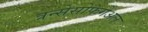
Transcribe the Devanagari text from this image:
त्रन्सेसोफगेअल